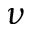
\nu